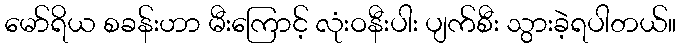
မော်ရိယ စခန်းဟာ မီးကြောင့် လုံးဝနီးပါး ပျက်စီး သွားခဲ့ရပါတယ်။